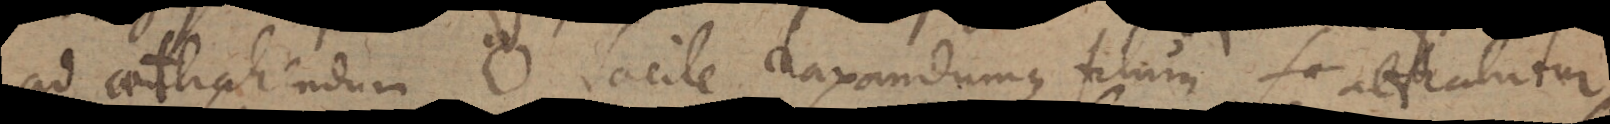
ad attrahendum facile laxandumque filum, attrahitur